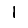
Digit: 1